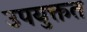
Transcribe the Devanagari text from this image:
उपयुक्तत